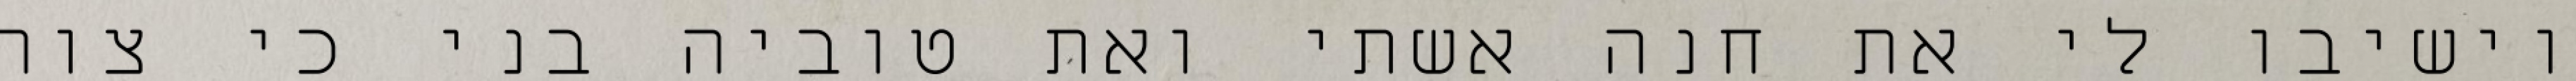
וישיבו לי את חנה אשתי ואת טוביה בני כי צוה